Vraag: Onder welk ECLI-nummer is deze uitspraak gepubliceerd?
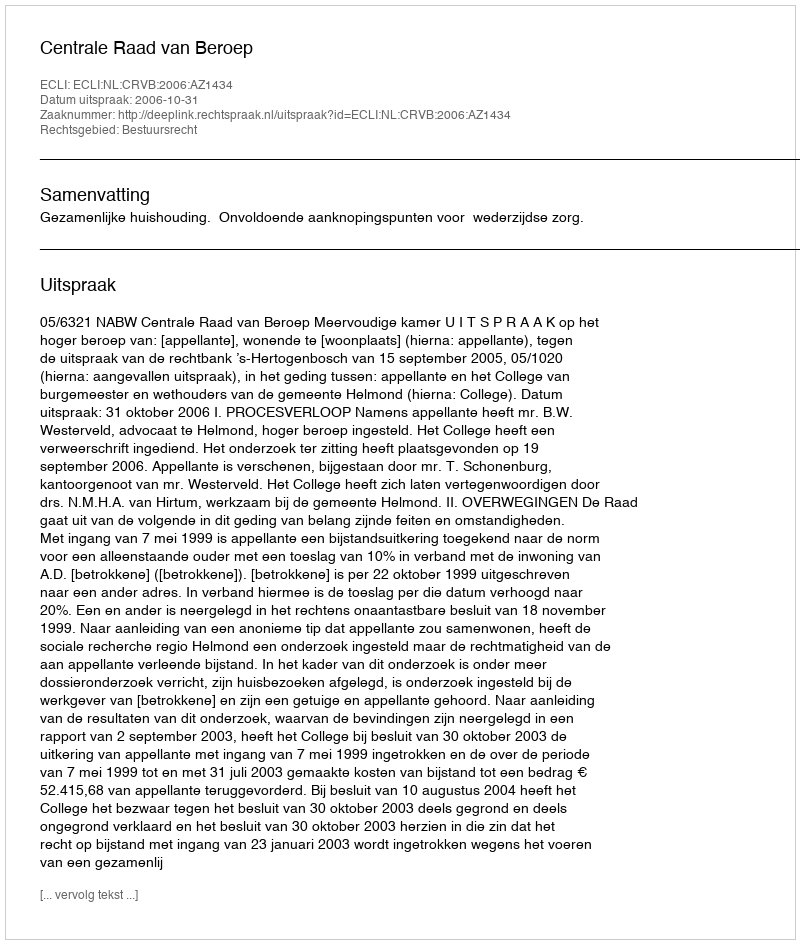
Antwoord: ECLI:NL:CRVB:2006:AZ1434